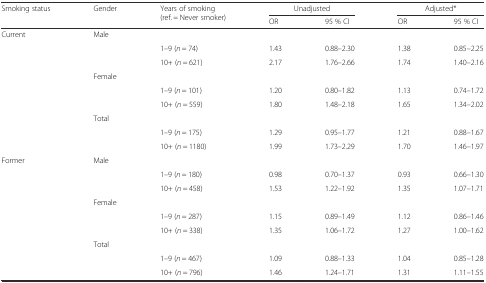
| <ROWSPAN=2> Smoking status | <ROWSPAN=2> Gender | <ROWSPAN=2> Years of smoking (ref. = Never smoker) | <COLSPAN=2> Unadjusted | <COLSPAN=2> Adjusted* |
 | OR | 95 % CI | OR | 95 % CI |
 | --- | --- | --- | --- | --- | --- | --- |
 | <ROWSPAN=9> Current | Male |  |  |  |  |  |
 |  | 1–9 (n = 74) | 1.43 | 0.88–2.30 | 1.38 | 0.85–2.25 |
 |  | 10+ (n = 621) | 2.17 | 1.76–2.66 | 1.74 | 1.40–2.16 |
 | Female |  |  |  |  |  |
 |  | 1–9 (n = 101) | 1.20 | 0.80–1.82 | 1.13 | 0.74–1.72 |
 |  | 10+ (n = 559) | 1.80 | 1.48–2.18 | 1.65 | 1.34–2.02 |
 | Total |  |  |  |  |  |
 |  | 1–9 (n = 175) | 1.29 | 0.95–1.77 | 1.21 | 0.88–1.67 |
 |  | 10+ (n = 1180) | 1.99 | 1.73–2.29 | 1.70 | 1.46–1.97 |
 | <ROWSPAN=9> Former | Male |  |  |  |  |  |
 |  | 1–9 (n = 180) | 0.98 | 0.70–1.37 | 0.93 | 0.66–1.30 |
 |  | 10+ (n = 458) | 1.53 | 1.22–1.92 | 1.35 | 1.07–1.71 |
 | Female |  |  |  |  |  |
 |  | 1–9 (n = 287) | 1.15 | 0.89–1.49 | 1.12 | 0.86–1.46 |
 |  | 10+ (n = 338) | 1.35 | 1.06–1.72 | 1.27 | 1.00–1.62 |
 | Total |  |  |  |  |  |
 |  | 1–9 (n = 467) | 1.09 | 0.88–1.33 | 1.04 | 0.85–1.28 |
 |  | 10+ (n = 796) | 1.46 | 1.24–1.71 | 1.31 | 1.11–1.55 |